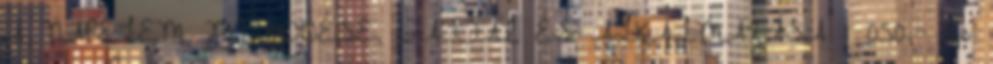
A NAPELEM MŰKÖDÉSE, FAJTÁI ÉS ALKALMAZÁSA 1 050,- 26